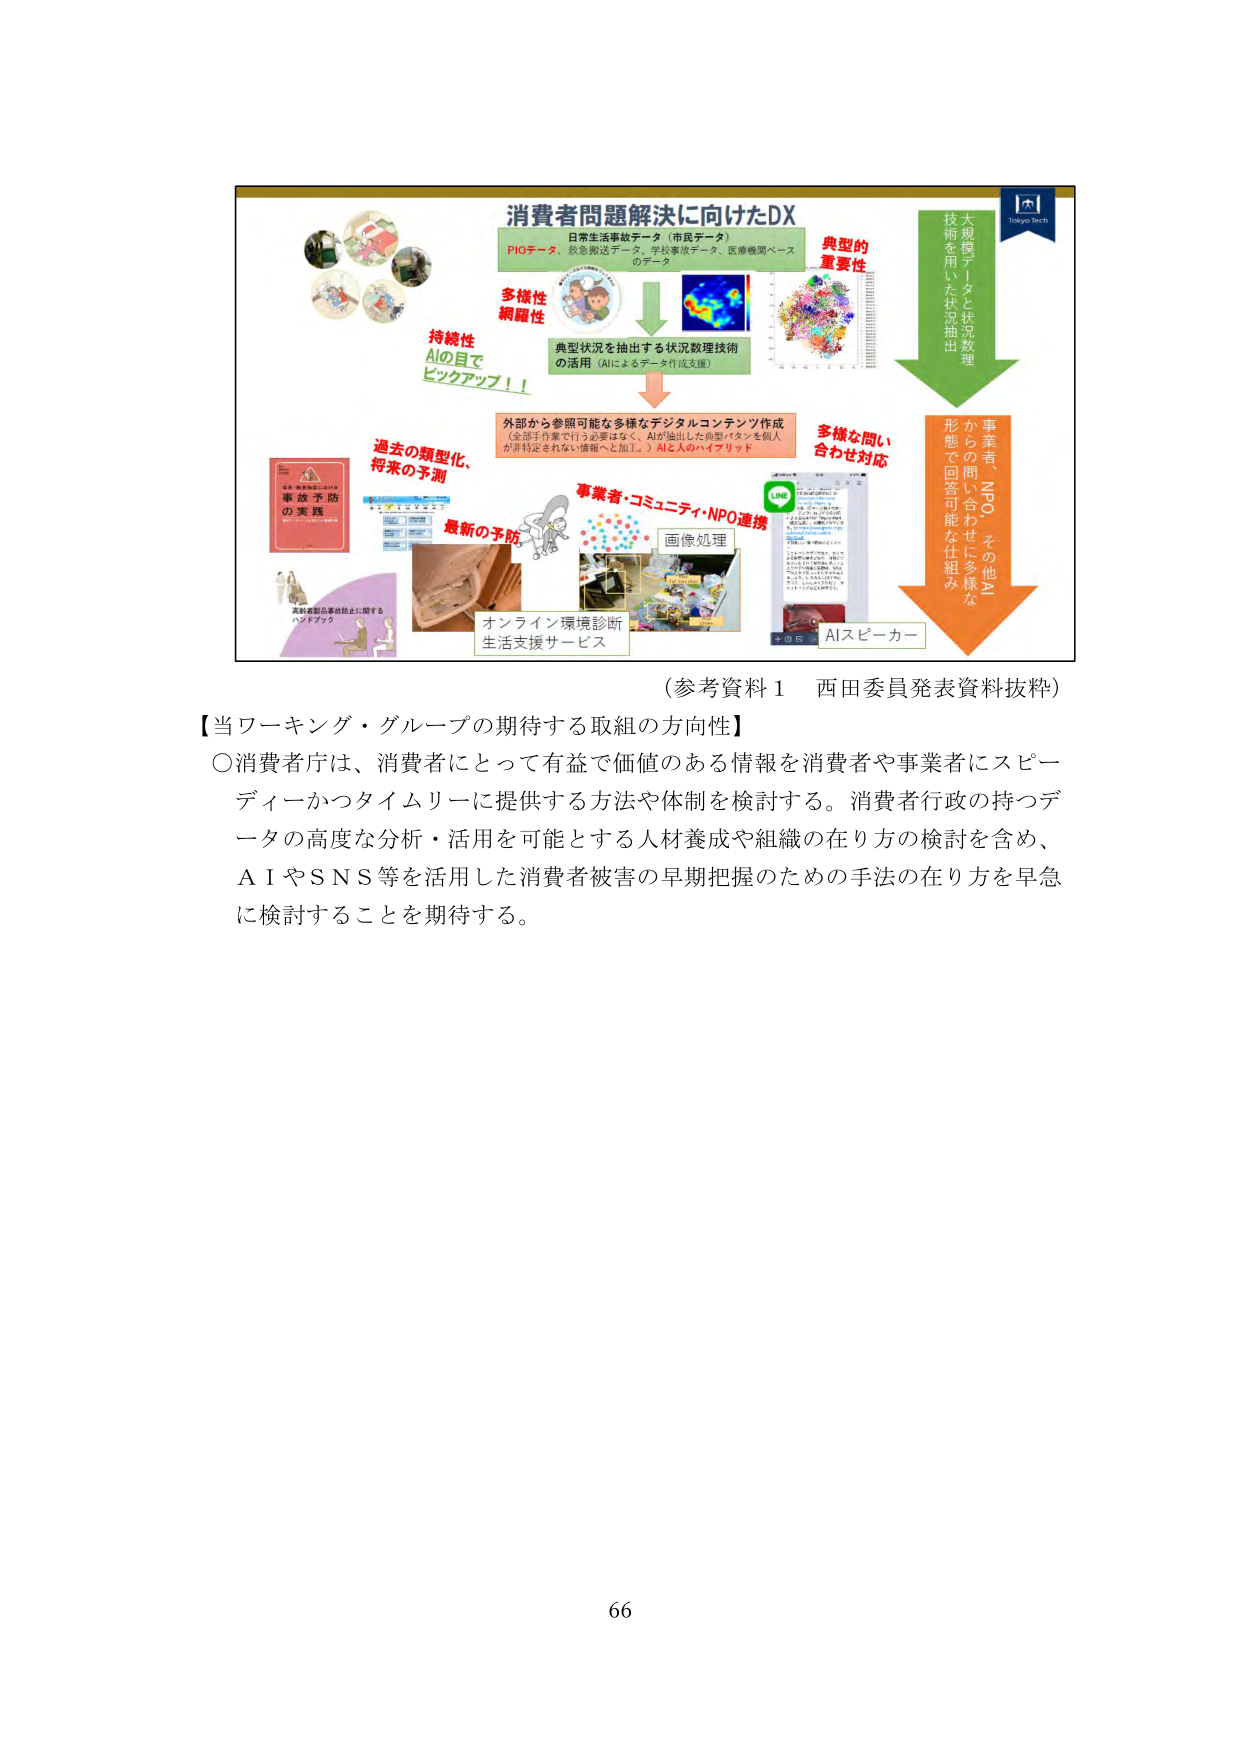
消費者問題解決に向けたDX
日常生活事故データ（市民データ）
PIOデータ、救急搬送データ、学校事故データ、医療機関ベースのデータ
多様性
網羅性
持続性
AIの目で
ピックアップ！！
典型的
重要性
大規模データと状況数理
技術を用いた状況抽出
典型状況を抽出する状況数理技術
の活用（AIによるデータ作成支援）
外部から参照可能な多様なデジタルコンテンツ作成
（全部手作業で行う必要はなく、AIが抽出した典型パターンを個人が非特定されない情報へと加工し、AIと人のハイブリッド）
過去の類型化、
将来の予測
事業者・コミュニティ・NPO連携
画像処理
AIスピーカー
多様な問い
合わせ対応
事業者、NPO（その他）
からの問い合わせに多様な
形態で回答可能な仕組み
最新の予防
オンライン環境診断
生活支援サービス
高齢者製品事故防止に関する
ハンドブック
事故予防
の実践
（参考資料１ 西田委員発表資料抜粋）
【当ワーキング・グループの期待する取組の方向性】
〇消費者庁は、消費者にとって有益で価値のある情報を消費者や事業者にスピーディーかつタイムリーに提供する方法や体制を検討する。消費者行政の持つデータの高度な分析・活用を可能とする人材養成や組織の在り方の検討を含め、AIやSNS等を活用した消費者被害の早期把握のための手法の在り方を早急に検討することを期待する。
66